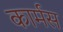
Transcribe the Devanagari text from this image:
कार्मस